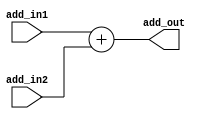
// Adder for branch target address computation

module ADDER(add_in1, add_in2, add_out);
  input [31:0] add_in1, add_in2;
  output [31:0] add_out;

  assign add_out = add_in1 + add_in2;

endmodule